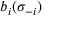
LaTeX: b _ { i } ( \sigma _ { - i } )